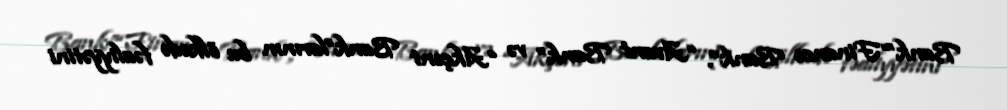
Bank”“Finance Bank”, “Avant Bank” və “Akçent Bank”larının bu ölkədə fəaliyyətini